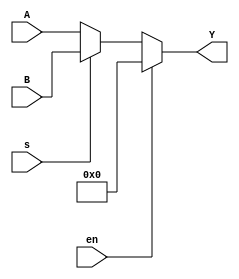

module x74157(
  input [3:0] A,
  input [3:0] B,
  input s,
  input en,
  output [3:0] Y
);

wire [3:0] o = s == 1'b1 ? B : A;
assign Y = en == 1'b0 ? o : 4'd0;

endmodule